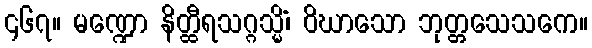
၄၆၇။ မဏ္ဍော နိတ္ထီရသဂ္ဂသ္မိံ၊ ဝိဃာသော ဘုတ္တသေသကေ။